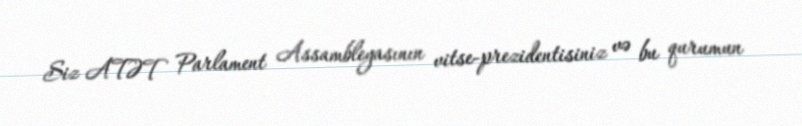
Siz ATƏT Parlament Assambleyasının vitse-prezidentisiniz və bu qurumun